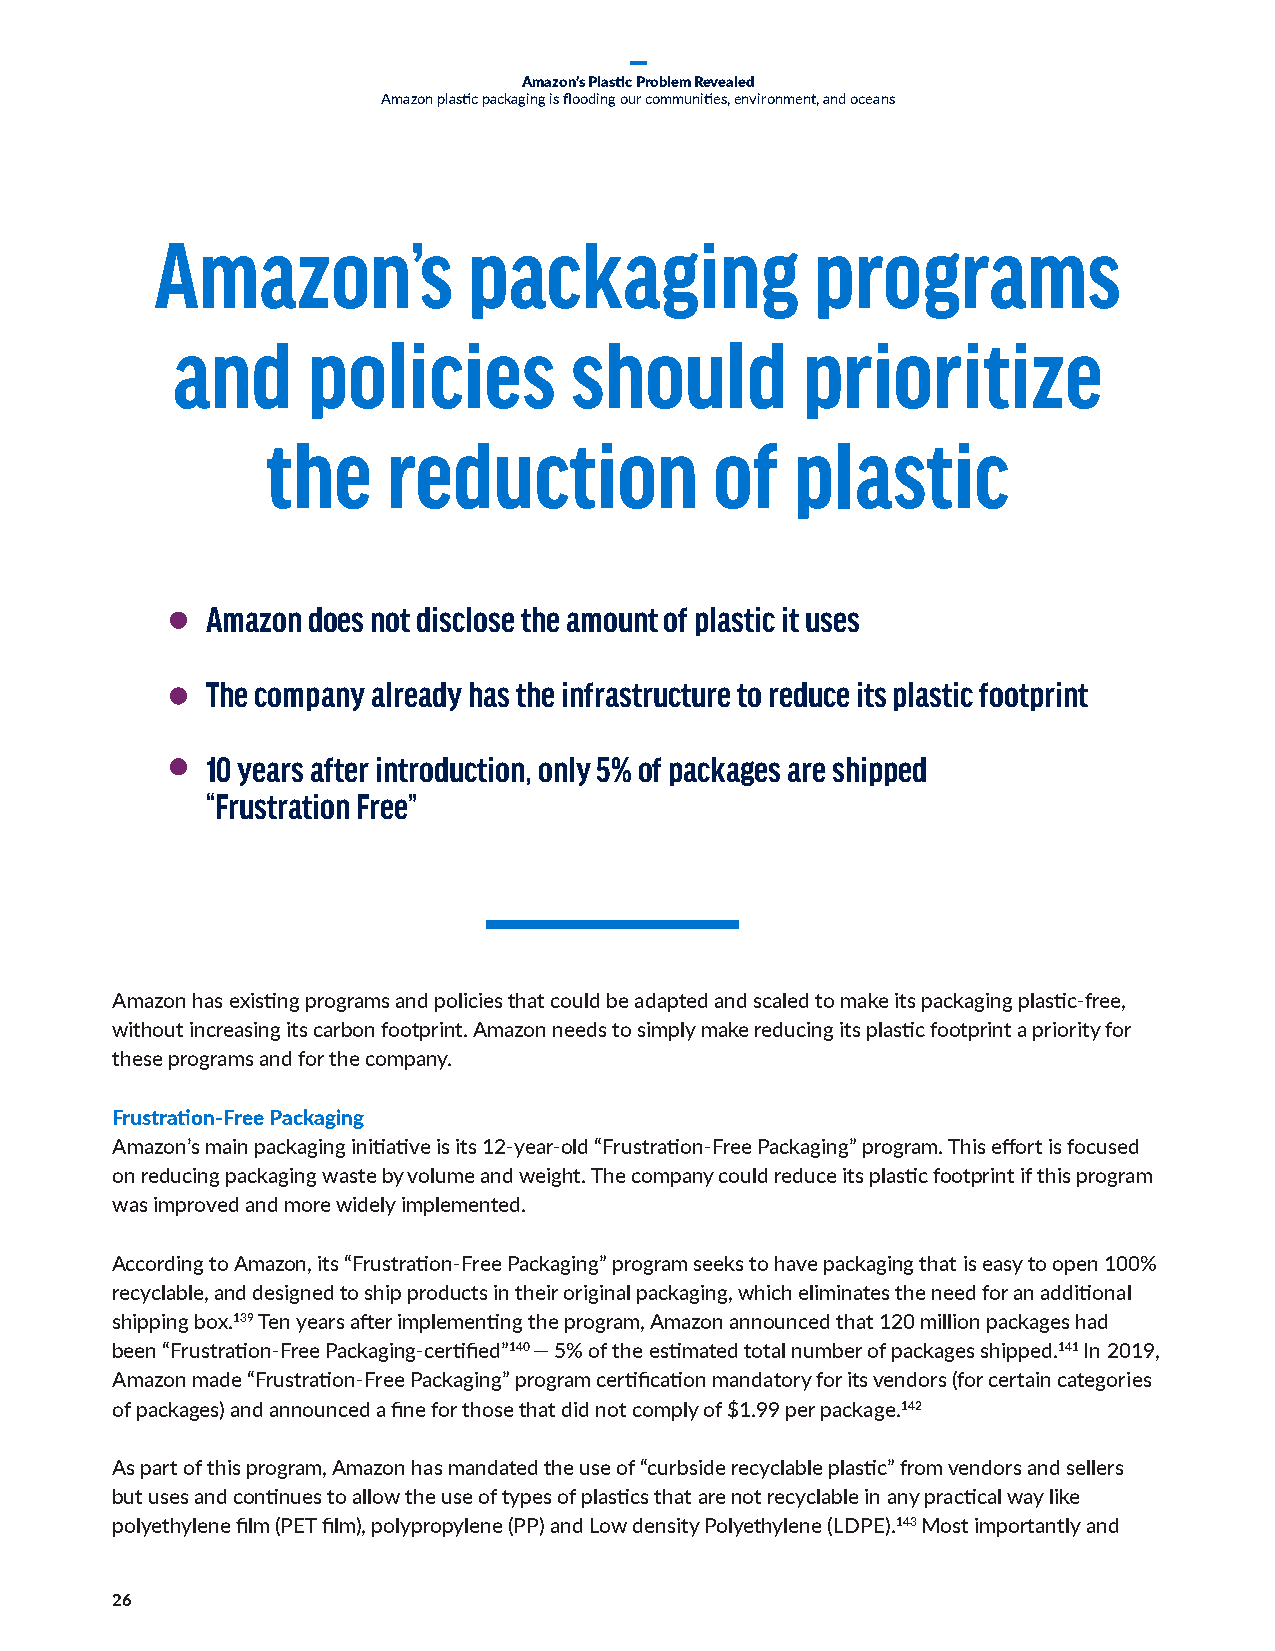
Amazon’s Plastic Problem Revealed
 Amazon plastic packaging is flooding our communities, environment, and oceans
 Amazon’s             packaging              programs
 and      policies          should         prioritize
 the     reduction            of    plastic
 Amazon does not disclose the amount of plastic it uses
 The company already has the infrastructure to reduce its plastic footprint
 10 years after introduction, only 5% of packages are shipped
 “Frustration Free”
 Amazon has existing programs and policies that could be adapted and scaled to make its packaging plastic-free,
 without increasing its carbon footprint. Amazon needs to simply make reducing its plastic footprint a priority for
 these programs and for the company.
 Frustration-Free Packaging
 Amazon’s main packaging initiative is its 12-year-old “Frustration-Free Packaging” program. This effort is focused
 on reducing packaging waste by volume and weight. The company could reduce its plastic footprint if this program
 was improved and more widely implemented.
 According to Amazon, its “Frustration-Free Packaging” program seeks to have packaging that is easy to open 100%
 recyclable, and designed to ship products in their original packaging, which eliminates the need for an additional
 shipping box.139 Ten years after implementing the program, Amazon announced that 120 million packages had
 been “Frustration-Free Packaging-certified”140 — 5% of the estimated total number of packages shipped.141 In 2019,
 Amazon made “Frustration-Free Packaging” program certification mandatory for its vendors (for certain categories
 of packages) and announced a fine for those that did not comply of $1.99 per package.142
 As part of this program, Amazon has mandated the use of “curbside recyclable plastic” from vendors and sellers
 but uses and continues to allow the use of types of plastics that are not recyclable in any practical way like
 polyethylene film (PET film), polypropylene (PP) and Low density Polyethylene (LDPE).143 Most importantly and
 26